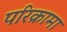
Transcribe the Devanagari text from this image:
परिक्रामा